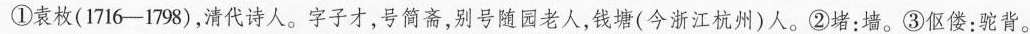
①袁枚(1716-1798)，清代诗人。字子才，号简斋，别号随园老人，钱塘(今浙江杭州)人。②堵：墙。③伛偻：驼背。